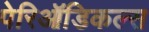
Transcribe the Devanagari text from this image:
पेरिऑडिकल्स